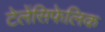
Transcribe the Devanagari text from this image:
टेलेंसिफेलिक